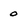
Character: o